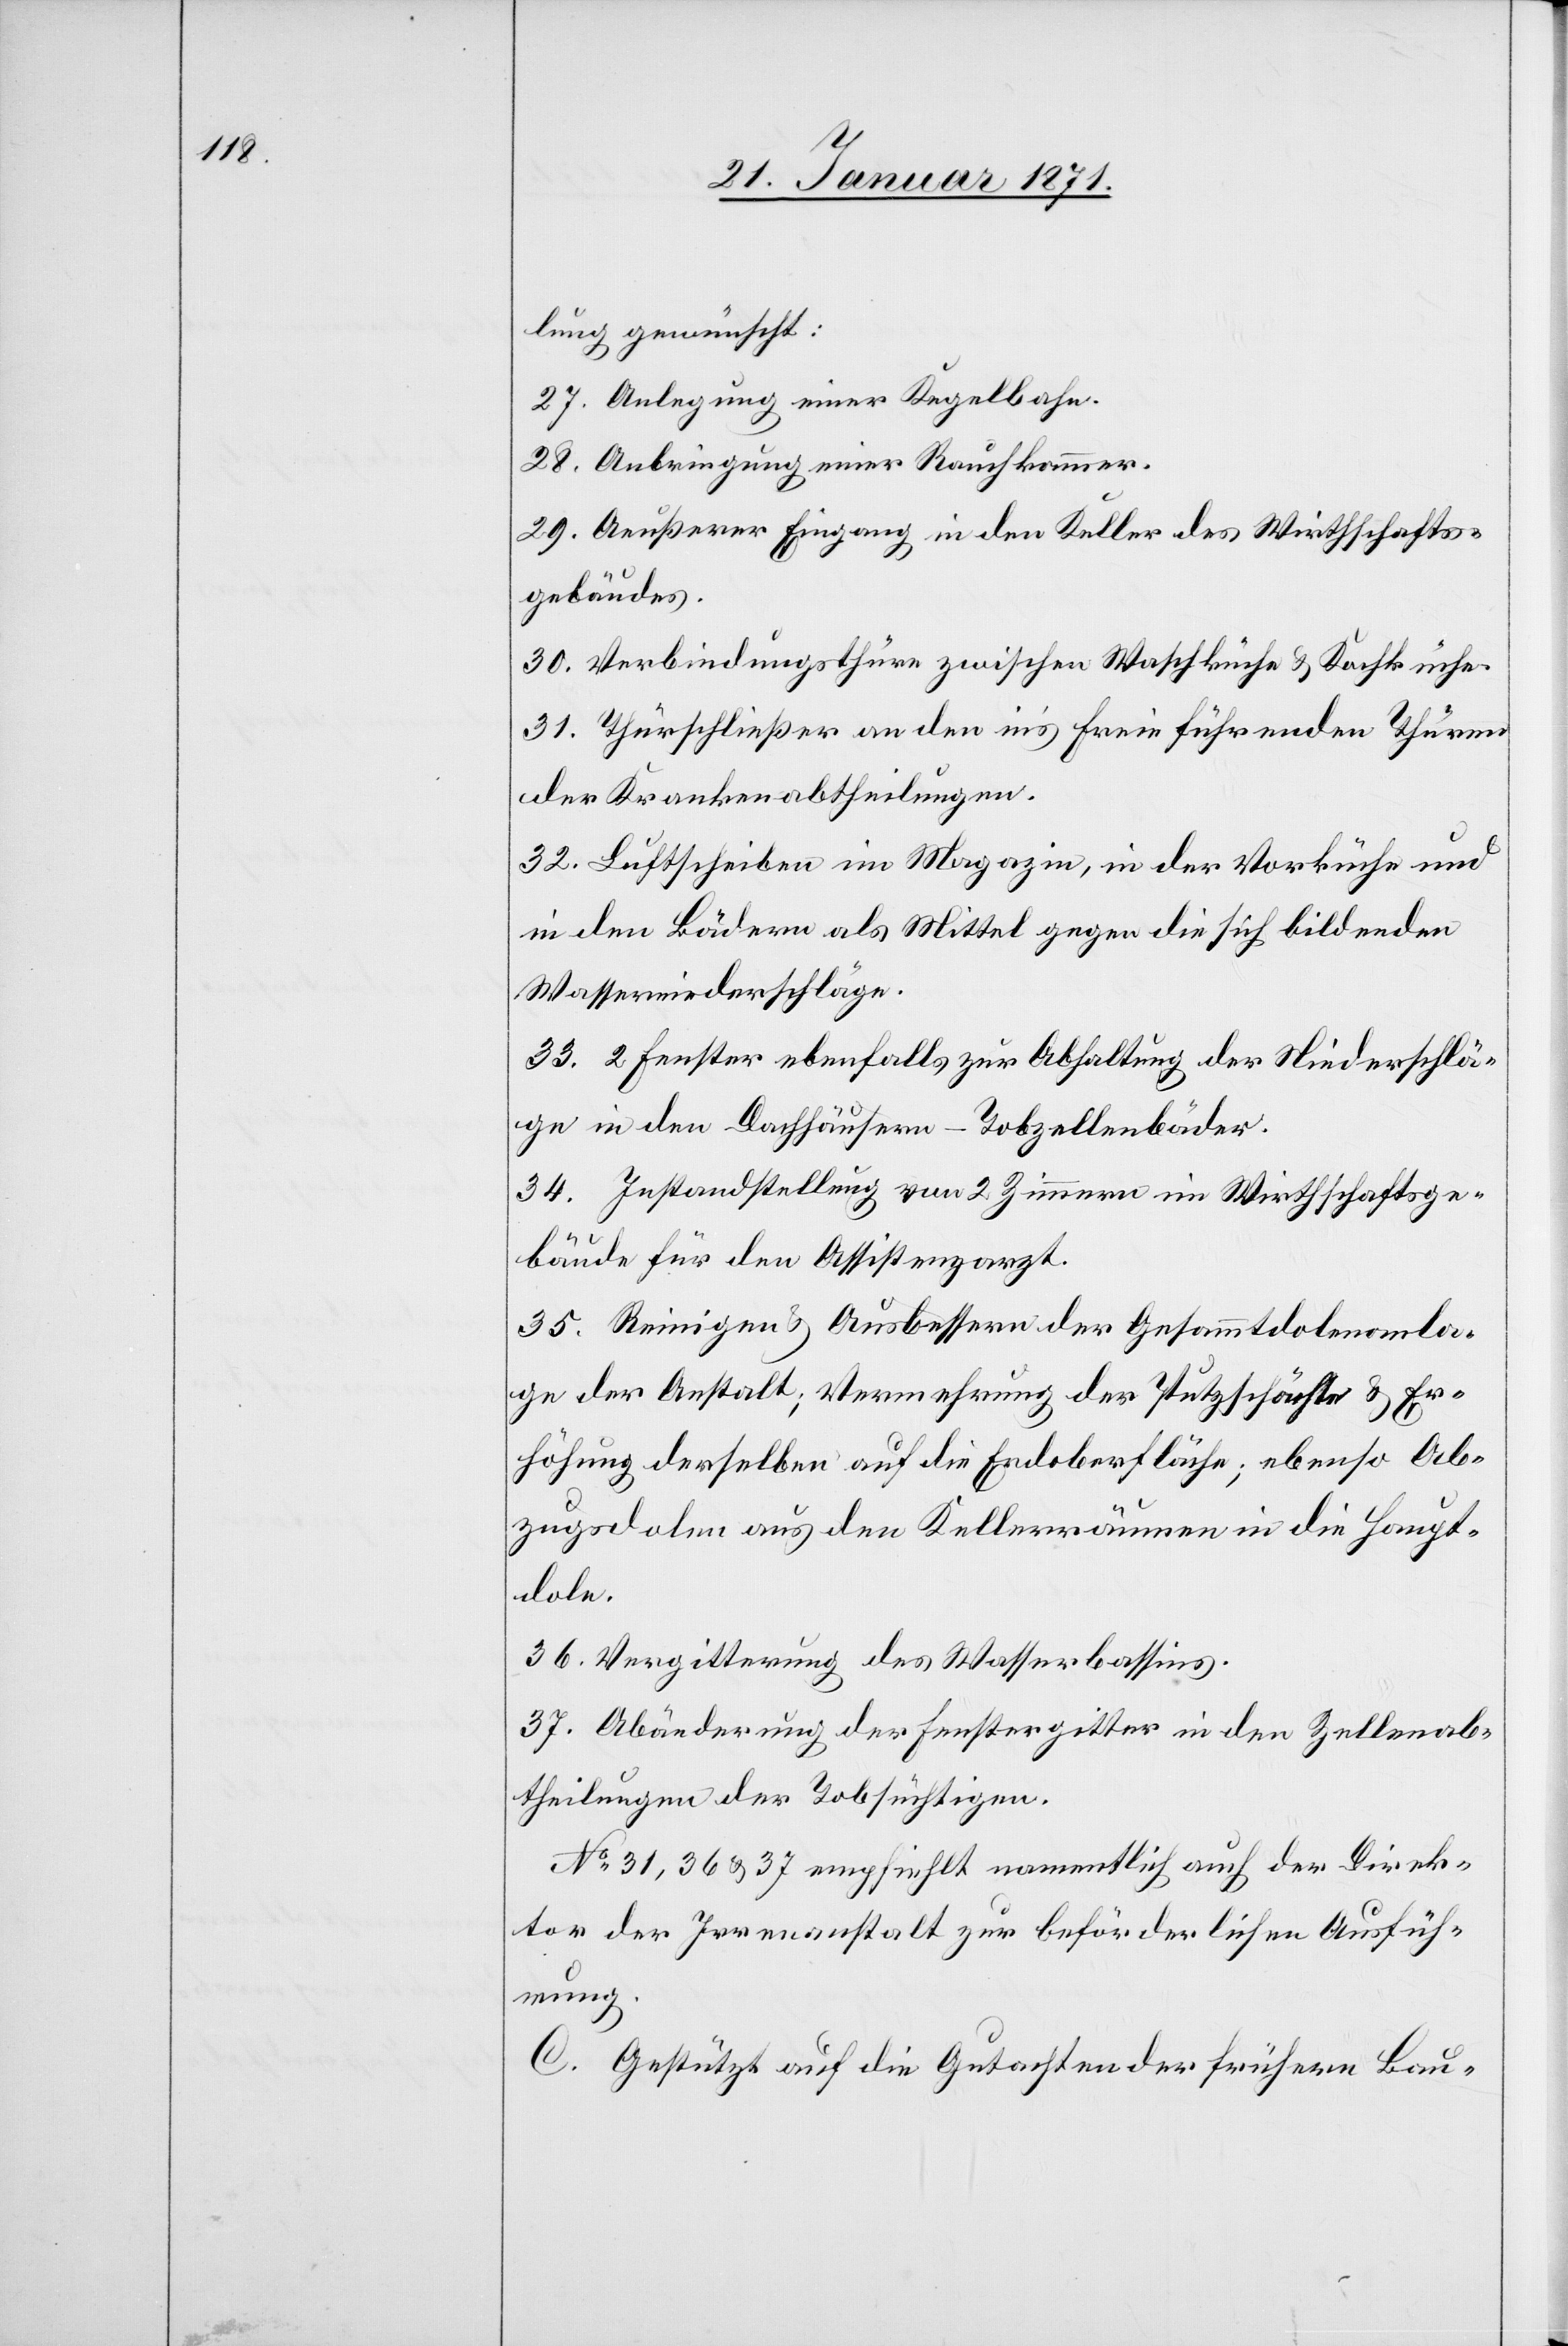
lung gewünscht:
27. Anlegung einer Kegelbahn.
28. Anbringung einer Rauchkammer.
29. Aeußerer Eingang in den Keller des Wirtschafts¬
gebäudes.
30. Verbindungsthüre zwischen Waschküche u. Kochküche.
31. Thürschließer an den ins freie führenden Thüren
der Krankenabtheilungen.
32. Luftscheiben im Magazin, in der Vorküche und
in den Bädern als Mittel gegen die sich bildenden
Wasserniederschläge.
33. 2 Fenster ebenfalls zur Abhaltung der Niederschlä¬
ge in den Dachhäusern – Tobzellenbäder.
34. Instandstellung von 2 Zimmern im Wirtschaftsge¬
bäude für den Assistenzarzt.
35. Reinigen u. Ausbessern der Gesammtdolenanla¬
ge der Anstalt; Vermehrung der Putzschächte u. Er¬
höhung derselben auf die Erdoberfläche; ebenso Ab¬
zugsdolen aus den Kellerräumen in die Haupt¬
dole.
36. Vergitterung des Wasserbassins.
37. Abänderung der Fenstergitter in den Zellenab¬
theilungen der Tobsüchtigen.
No. 31, 36 u. 37 empfiehlt namentlich auch der Direk¬
tor der Irrenanstalt zur beförderlichen Ausfüh¬
rung.
C. Gestützt auf die Gutachten der frühern Bau-